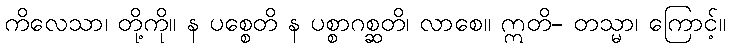
ကိလေသာ၊ တို့ကို။ န ပစ္စေတိ န ပစ္စာဂစ္ဆတိ၊ လာစေ။ ဣတိ- တသ္မာ၊ ကြောင့်။